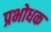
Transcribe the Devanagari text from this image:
प्रभोधक